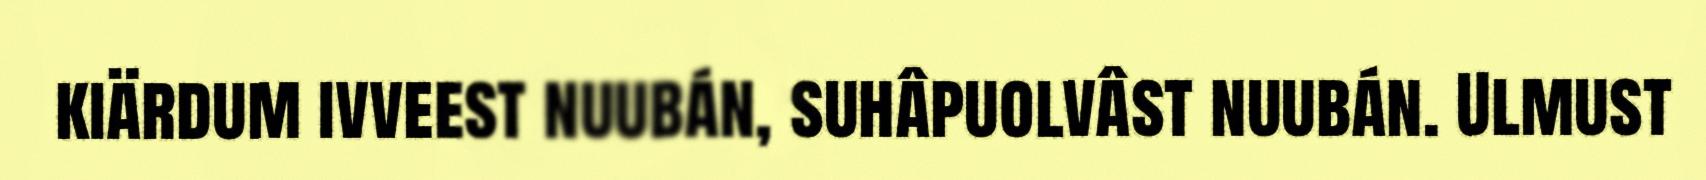
kiärdum ivveest nuubán, suhâpuolvâst nuubán. Ulmust